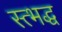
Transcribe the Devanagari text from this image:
स्त्भद्ध